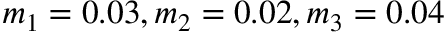
m _ { 1 } = 0 . 0 3 , m _ { 2 } = 0 . 0 2 , m _ { 3 } = 0 . 0 4